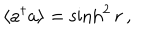
\langle a ^ { \dagger } a \rangle = \sinh ^ { 2 } r \, ,